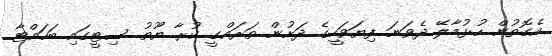
އެގޮތުން ހުޅުމާލޭ ދެވަނަ ފިޔަވަހީގެ ދަށުން ތަރައްގީ ކުރާ ޔޫތު ސިޓީގައި ބަހައްޓާ